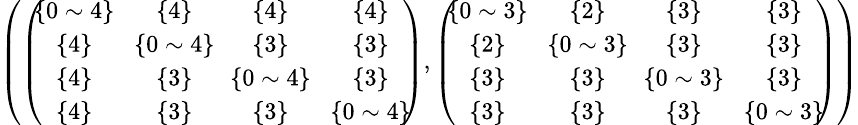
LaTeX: \begin{array}{r}{\small{\left(\left(\! \! \begin{array}{cccc}{\{ 0\sim 4\} }&{\{ 4\} }&{\{ 4\} }&{\{ 4\} }\\ {\{ 4\} }&{\! \{ 0\sim 4\} \! }&{\{ 3\} }&{\{ 3\} }\\ {\{ 4\} }&{\{ 3\} }&{\! \{ 0\sim 4\} \! }&{\{ 3\} }\\ {\{ 4\} }&{\{ 3\} }&{\{ 3\} }&{\{ 0\sim 4\} }\end{array}\! \! \right),\left(\! \! \begin{array}{cccc}{\{ 0\sim 3\} }&{\{ 2\} }&{\{ 3\} }&{\{ 3\} }\\ {\{ 2\} }&{\! \{ 0\sim 3\} \! }&{\{ 3\} }&{\{ 3\} }\\ {\{ 3\} }&{\{ 3\} }&{\! \{ 0\sim 3\} \! }&{\{ 3\} }\\ {\{ 3\} }&{\{ 3\} }&{\{ 3\} }&{\{ 0\sim 3\} }\end{array}\! \! \right)\right)}}\end{array}